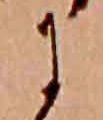
に